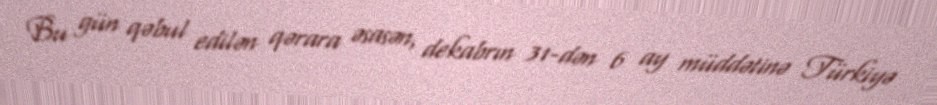
Bu gün qəbul edilən qərara əsasən, dekabrın 31-dən 6 ay müddətinə Türkiyə